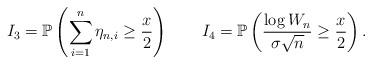
LaTeX: \begin{align*}I_{3}=\mathbb{P}\left(\sum_{i=1}^{n} \eta_{n,i} \geq \frac{x}{2}\right)\ \ \ \ \ \ I_{4}=\mathbb{P}\left(\frac{\log W_{n}}{\sigma \sqrt{n}} \geq \frac{x}{2}\right).\end{align*}